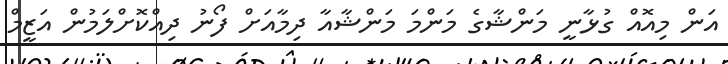
އަން މިއޮއް ގުޅާނީ މަންޝާގެ މަންމަ މަންޝާއާ ދިމާއަށް ފޯނު ދިއްކޮށްލަމުން އަޒީމް